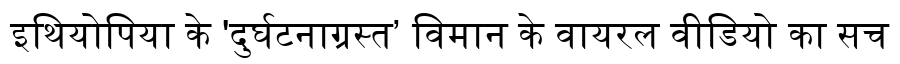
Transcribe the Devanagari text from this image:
इथियोपिया के 'दुर्घटनाग्रस्त’ विमान के वायरल वीडियो का सच